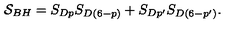
{ \cal S } _ { B H } = S _ { D p } S _ { D ( 6 - p ) } + S _ { D p ^ { \prime } } S _ { D ( 6 - p ^ { \prime } ) } .